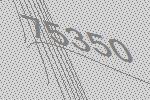
75350